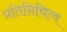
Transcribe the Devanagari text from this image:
प्रतिनिथित्व